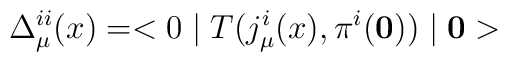
\Delta^{ii}_{\mu}(x) = <0 \mid T(j_{\mu}^i(x), \pi^i (\bf 0)) \mid 0>